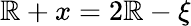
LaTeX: \mathbb{R}+x=2\mathbb{R}-\xi